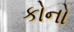
કોનો